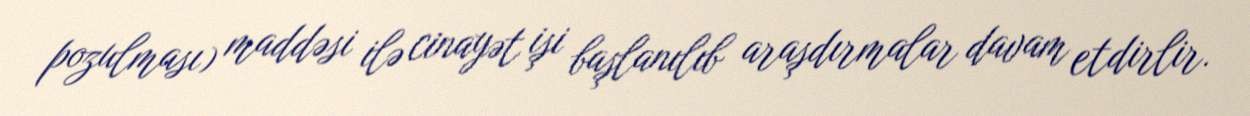
pozulması) maddəsi ilə cinayət işi başlanılıb araşdırmalar davam etdirlir.